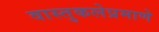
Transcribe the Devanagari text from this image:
वास्तुकलेप्रमाणे